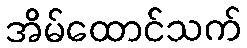
အိမ်ထောင်သက်